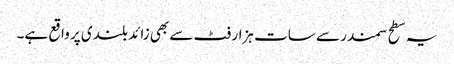
یہ سطح سمندر سے سات ہزار فٹ سے بھی زائد بلندی پر واقع ہے۔